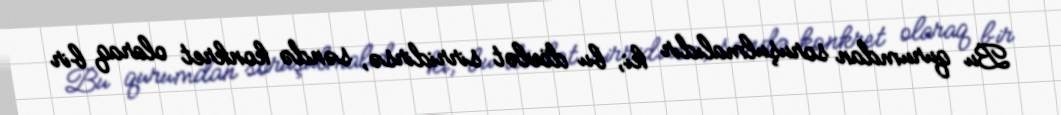
Bu qurumdan soruşulmalıdır ki, bu dövlət sirridirsə, səndə konkret olaraq bir